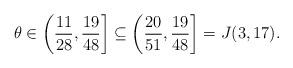
LaTeX: \begin{align*}\theta \in \left( \frac{11}{28} , \frac{19}{48} \right] \subseteq \left( \frac{20}{51} , \frac{19}{48} \right] = J(3,17).\end{align*}